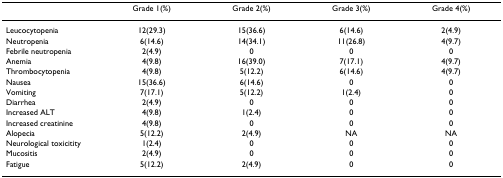
|  | Grade 1(%) | Grade 2(%) | Grade 3(%) | Grade 4(%) |
 | --- | --- | --- | --- | --- |
 | Leucocytopenia | 12(29.3) | 15(36.6) | 6(14.6) | 2(4.9) |
 | Neutropenia | 6(14.6) | 14(34.1) | 11(26.8) | 4(9.7) |
 | Febrile neutropenia | 2(4.9) | 0 | 0 | 0 |
 | Anemia | 4(9.8) | 16(39.0) | 7(17.1) | 4(9.7) |
 | Thrombocytopenia | 4(9.8) | 5(12.2) | 6(14.6) | 4(9.7) |
 | Nausea | 15(36.6) | 6(14.6) | 0 | 0 |
 | Vomiting | 7(17.1) | 5(12.2) | 1(2.4) | 0 |
 | Diarrhea | 2(4.9) | 0 | 0 | 0 |
 | Increased ALT | 4(9.8) | 1(2.4) | 0 | 0 |
 | Increased creatinine | 4(9.8) | 0 | 0 | 0 |
 | Alopecia | 5(12.2) | 2(4.9) | NA | NA |
 | Neurological toxicitity | 1(2.4) | 0 | 0 | 0 |
 | Mucositis | 2(4.9) | 0 | 0 | 0 |
 | Fatigue | 5(12.2) | 2(4.9) | 0 | 0 |